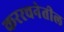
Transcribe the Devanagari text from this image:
कररचनेतील